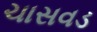
ચાસવડ